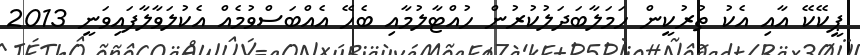
ޕީކޭކޭ އާއި އެކު ތުރުކީން ހަމަލާބަދަލުކުރުން ހުއްޓާލުމާއި ބެހޭ އެއްބަސްވުމެއް އެކުލަވާލާފައިވަނީ 2013